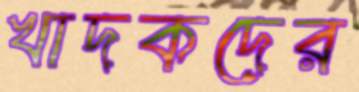
খাদকদের